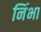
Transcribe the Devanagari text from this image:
निंभा